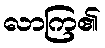
လာကြ၏